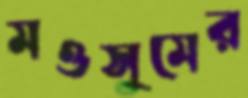
মওসুমের